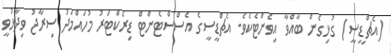
(އެޗްޑީސީ) ގުޅިގެން ބާއްވާ އިވެންޓެކެވެ. އެޗްޑީސީގެ އެސްސްޓެންޓް ޑިރެކްޓަރު މުހައްމަދު ސިރާޖު ވިދާޅުވީ